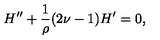
H ^ { \prime \prime } + { \frac { 1 } { \rho } } ( 2 \nu - 1 ) H ^ { \prime } = 0 ,